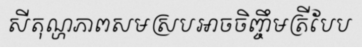
សីតុណ្ហភាពសមស្របអាចចិញ្ចឹមត្រីបែប